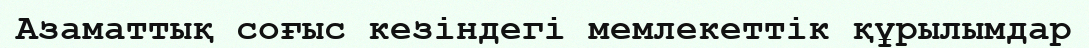
Азаматтық соғыс кезіндегі мемлекеттік құрылымдар